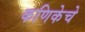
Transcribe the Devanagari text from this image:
कणिकेचे